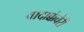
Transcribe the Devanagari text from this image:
वादाक्कंचेरी